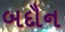
બદૌન